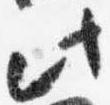
此